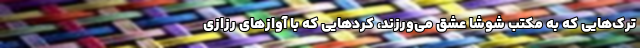
ترک‌هایی که به مکتب شوشا عشق می‌ورزند، کردهایی که با آوازهای رزازی